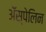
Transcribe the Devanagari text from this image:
अॅस्पेलिन